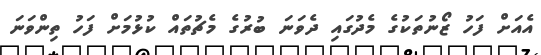
އެއަށް ފަހު ޒޯނުތަކުގެ މެދުގައި ދެވަނަ ބުރުގެ މެޗުތައް ކުޅުމަށް ފަހު ތިންވަނަ